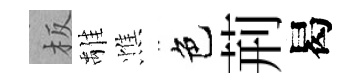
板𩀌憔色荊曷